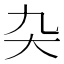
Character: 𭑂